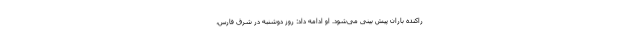
راکنده باران پیش بینی می‌شود. او ادامه داد: روز دوشنبه در شرق فارس،